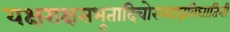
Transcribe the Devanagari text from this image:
यक्षराक्षसभूतादिचोरव्याघ्रविघातिनी